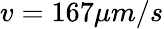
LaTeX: v=167\mu m/s